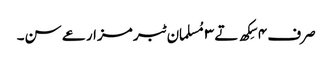
صرف ٤ سِکھ تے ٣ مُسلمان ٹبر مزارعے سن۔